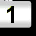
Digit: 1